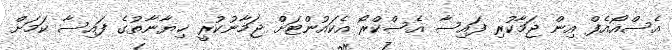
އެސްއޯއެފް އިން ޖަމާކުރި ފައިސާ އެސްކްރޯ އެކައުންޓަށް ޖަމާނުކުރީ ޚިޔާނާތުގެ ފައިސާ ކަމަށް